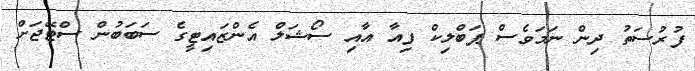
ފުރުސަތު ދިން ނަމަވެސް ޕަބްލިކް ފިއާ އާއި ސޯޝަލް އެންޒައިޓީގެ ސަބަބުން ސްޓޭޖަށް